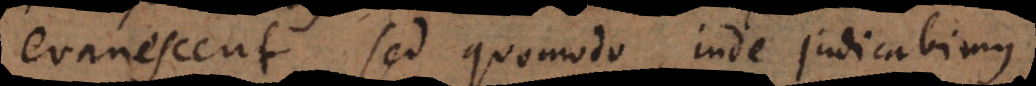
evanescent, sed quomodo inde judicabimus